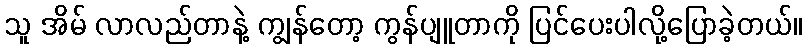
သူ အိမ် လာလည်တာနဲ့ ကျွန်တော့ ကွန်ပျူတာကို ပြင်ပေးပါလို့ပြောခဲ့တယ်။